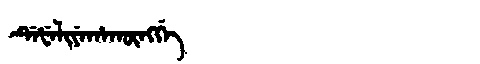
Manchu: ᡩᡝᡶᡝᠯᡳᠶᡝᡥᠠᡴᡡᠩᡤᡝ
Romanization: DEFELIYEHAKŪNGGE